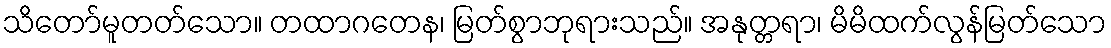
သိတော်မူတတ်သော။ တထာဂတေန၊ မြတ်စွာဘုရားသည်။ အနုတ္တရာ၊ မိမိထက်လွန်မြတ်သော